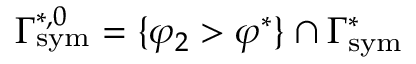
\Gamma _ { \mathrm { { s y m } } } ^ { * , 0 } = \{ \varphi _ { 2 } > \varphi ^ { * } \} \cap \Gamma _ { \mathrm { { s y m } } } ^ { * }